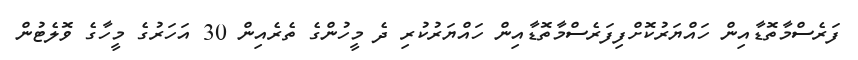
ފަރެސްމާތޮޑާއިން ހައްޔަރުކޮށްފިފަރެސްމާތޮޑާއިން ހައްޔަރުކުރި ދެ މީހުންގެ ތެރެއިން 30 އަހަރުގެ މީހާގެ ވޮލެޓުން